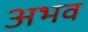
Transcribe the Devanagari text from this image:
अभव